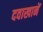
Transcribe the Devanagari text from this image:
दवाखानें